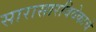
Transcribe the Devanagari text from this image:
सारासारविवेकाचे